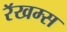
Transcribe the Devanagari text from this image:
रॅखम्स